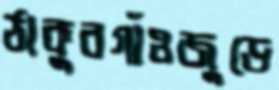
ঠাকুরগাঁওজুড়ে